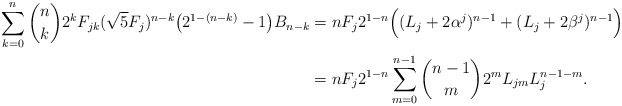
\begin{align*}\sum_{k=0}^{n} {n\choose k} 2^k F_{jk} (\sqrt{5}F_j)^{n-k} \big ( 2^{1-(n-k)} - 1 \big ) B_{n-k} & = n F_j 2^{1-n} \Big ( (L_j + 2\alpha^j)^{n-1} + (L_j + 2\beta^j )^{n-1}\Big ) \\& = n F_j 2^{1-n} \sum_{m=0}^{n-1} {n-1\choose m} 2^m L_{jm} L_j^{n-1-m}.\end{align*}